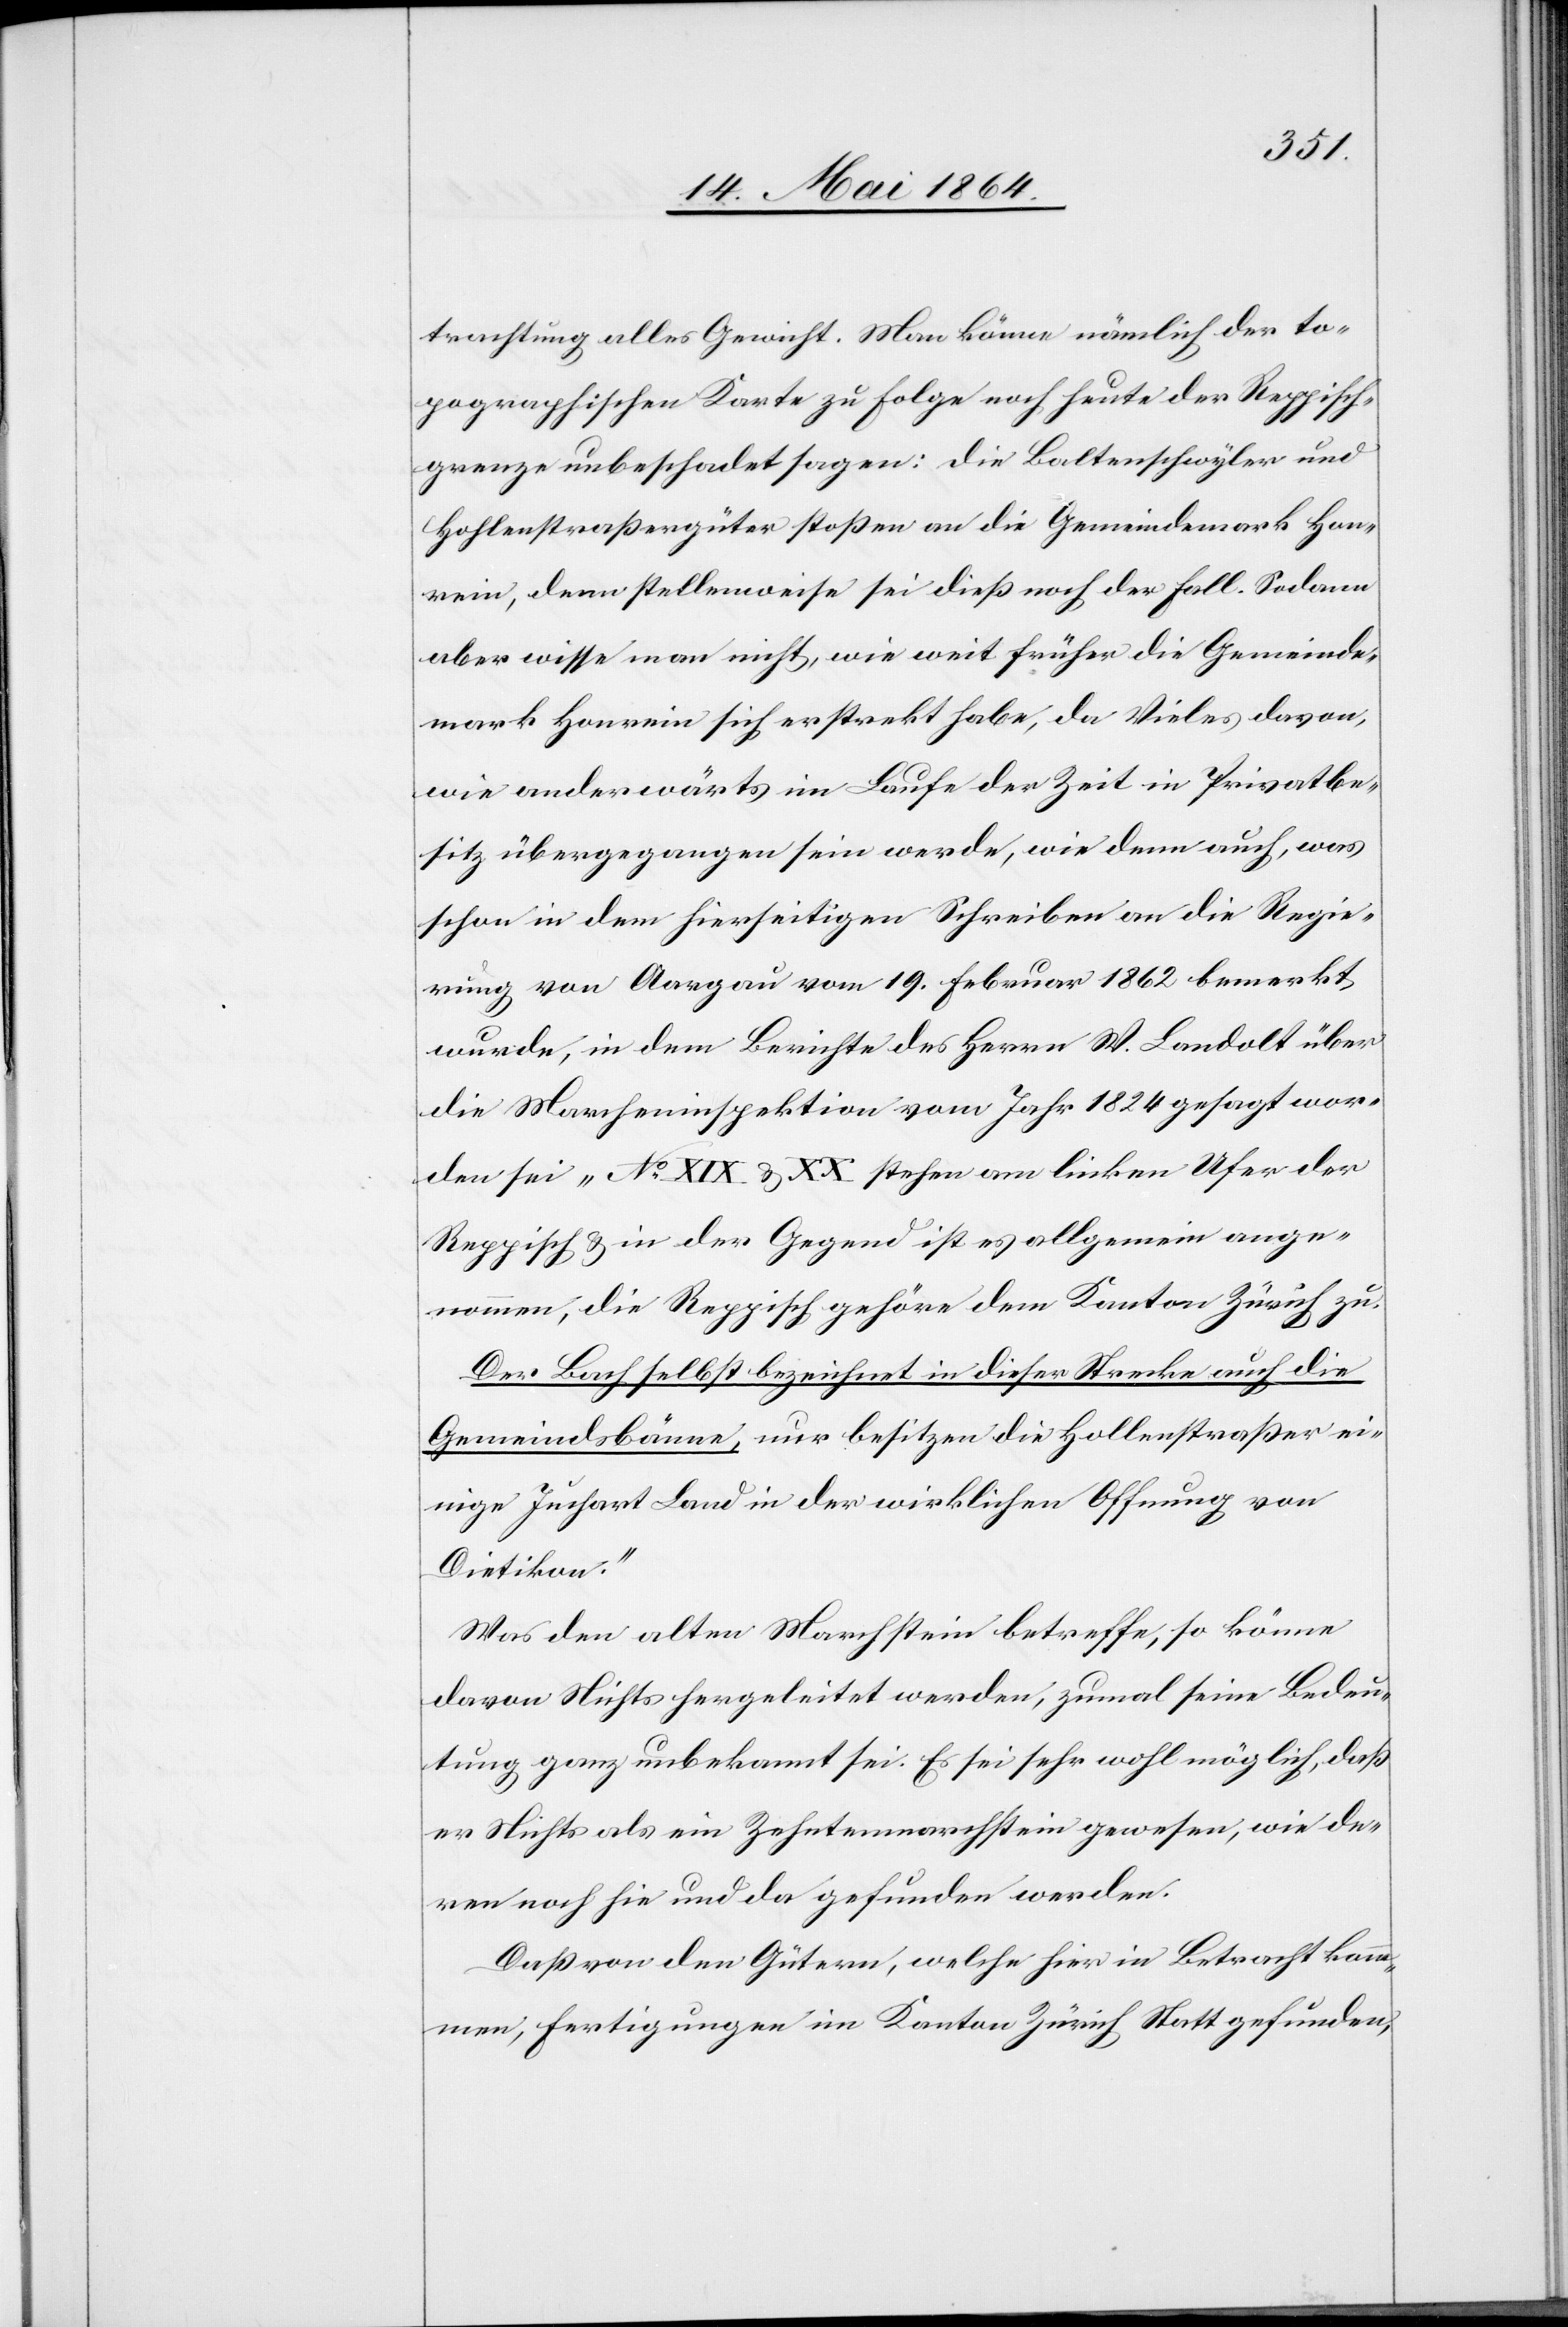
trachtung alles Gewicht. Man könne nämlich der to¬
pographischen Karte zu Folge nach heute der Reppisch¬
grenze unbeschadet sagen: Die Baltenschwyler und
Hahlenstraßengüter stoßen an die Gemeindemark Han¬
rein, denn stellenweise sei dieß noch der Fall. Sodann
aber wisse man nicht, wie weit früher die Gemeinde¬
mark Hanrein sich erstreckt habe, da Vieles davon
wie anderwärts im Laufe der Zeit in Privatbe¬
sitz übergegangen sein werde, wie denn auch, was
schon in dem hierseitigen Schreiben an die Regie¬
rung von Aargau vom 19. Februar 1862 bemerkt
wurde, in dem Berichte des Herrn W. Landolt über
die Marcheninspektion vom Jahr 1824 gesagt wor¬
den sei „No XIX u. XX stehen am linken Ufer der
Reppisch u. in der Gegend ist es allgemein ange¬
nommen, die Reppisch gehöre dem Kanton Zürich zu.
Der Bach selbst bezeichnet in dieser Strecke auch die
Gemeindsbänne, nur besitzen die Holenstraßer ei¬
nige Juchart Land in der wirklichen Offnung von
Dietikon.“
Was den alten Marchstein betreffe, so könne
davon Nichts hergeleitet werden, zumal seine Bedeu¬
tung ganz unbekannt sei. Es sei sehr wohl möglich, daß
er Nichts als ein Zehntenmarchstein gewesen, wie de¬
ren noch hie und da gefunden werden.
Daß von den Gütern, welche hier in Betracht kom¬
men, Fertigungen im Kanton Zürich stattgefunden,